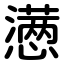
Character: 懑